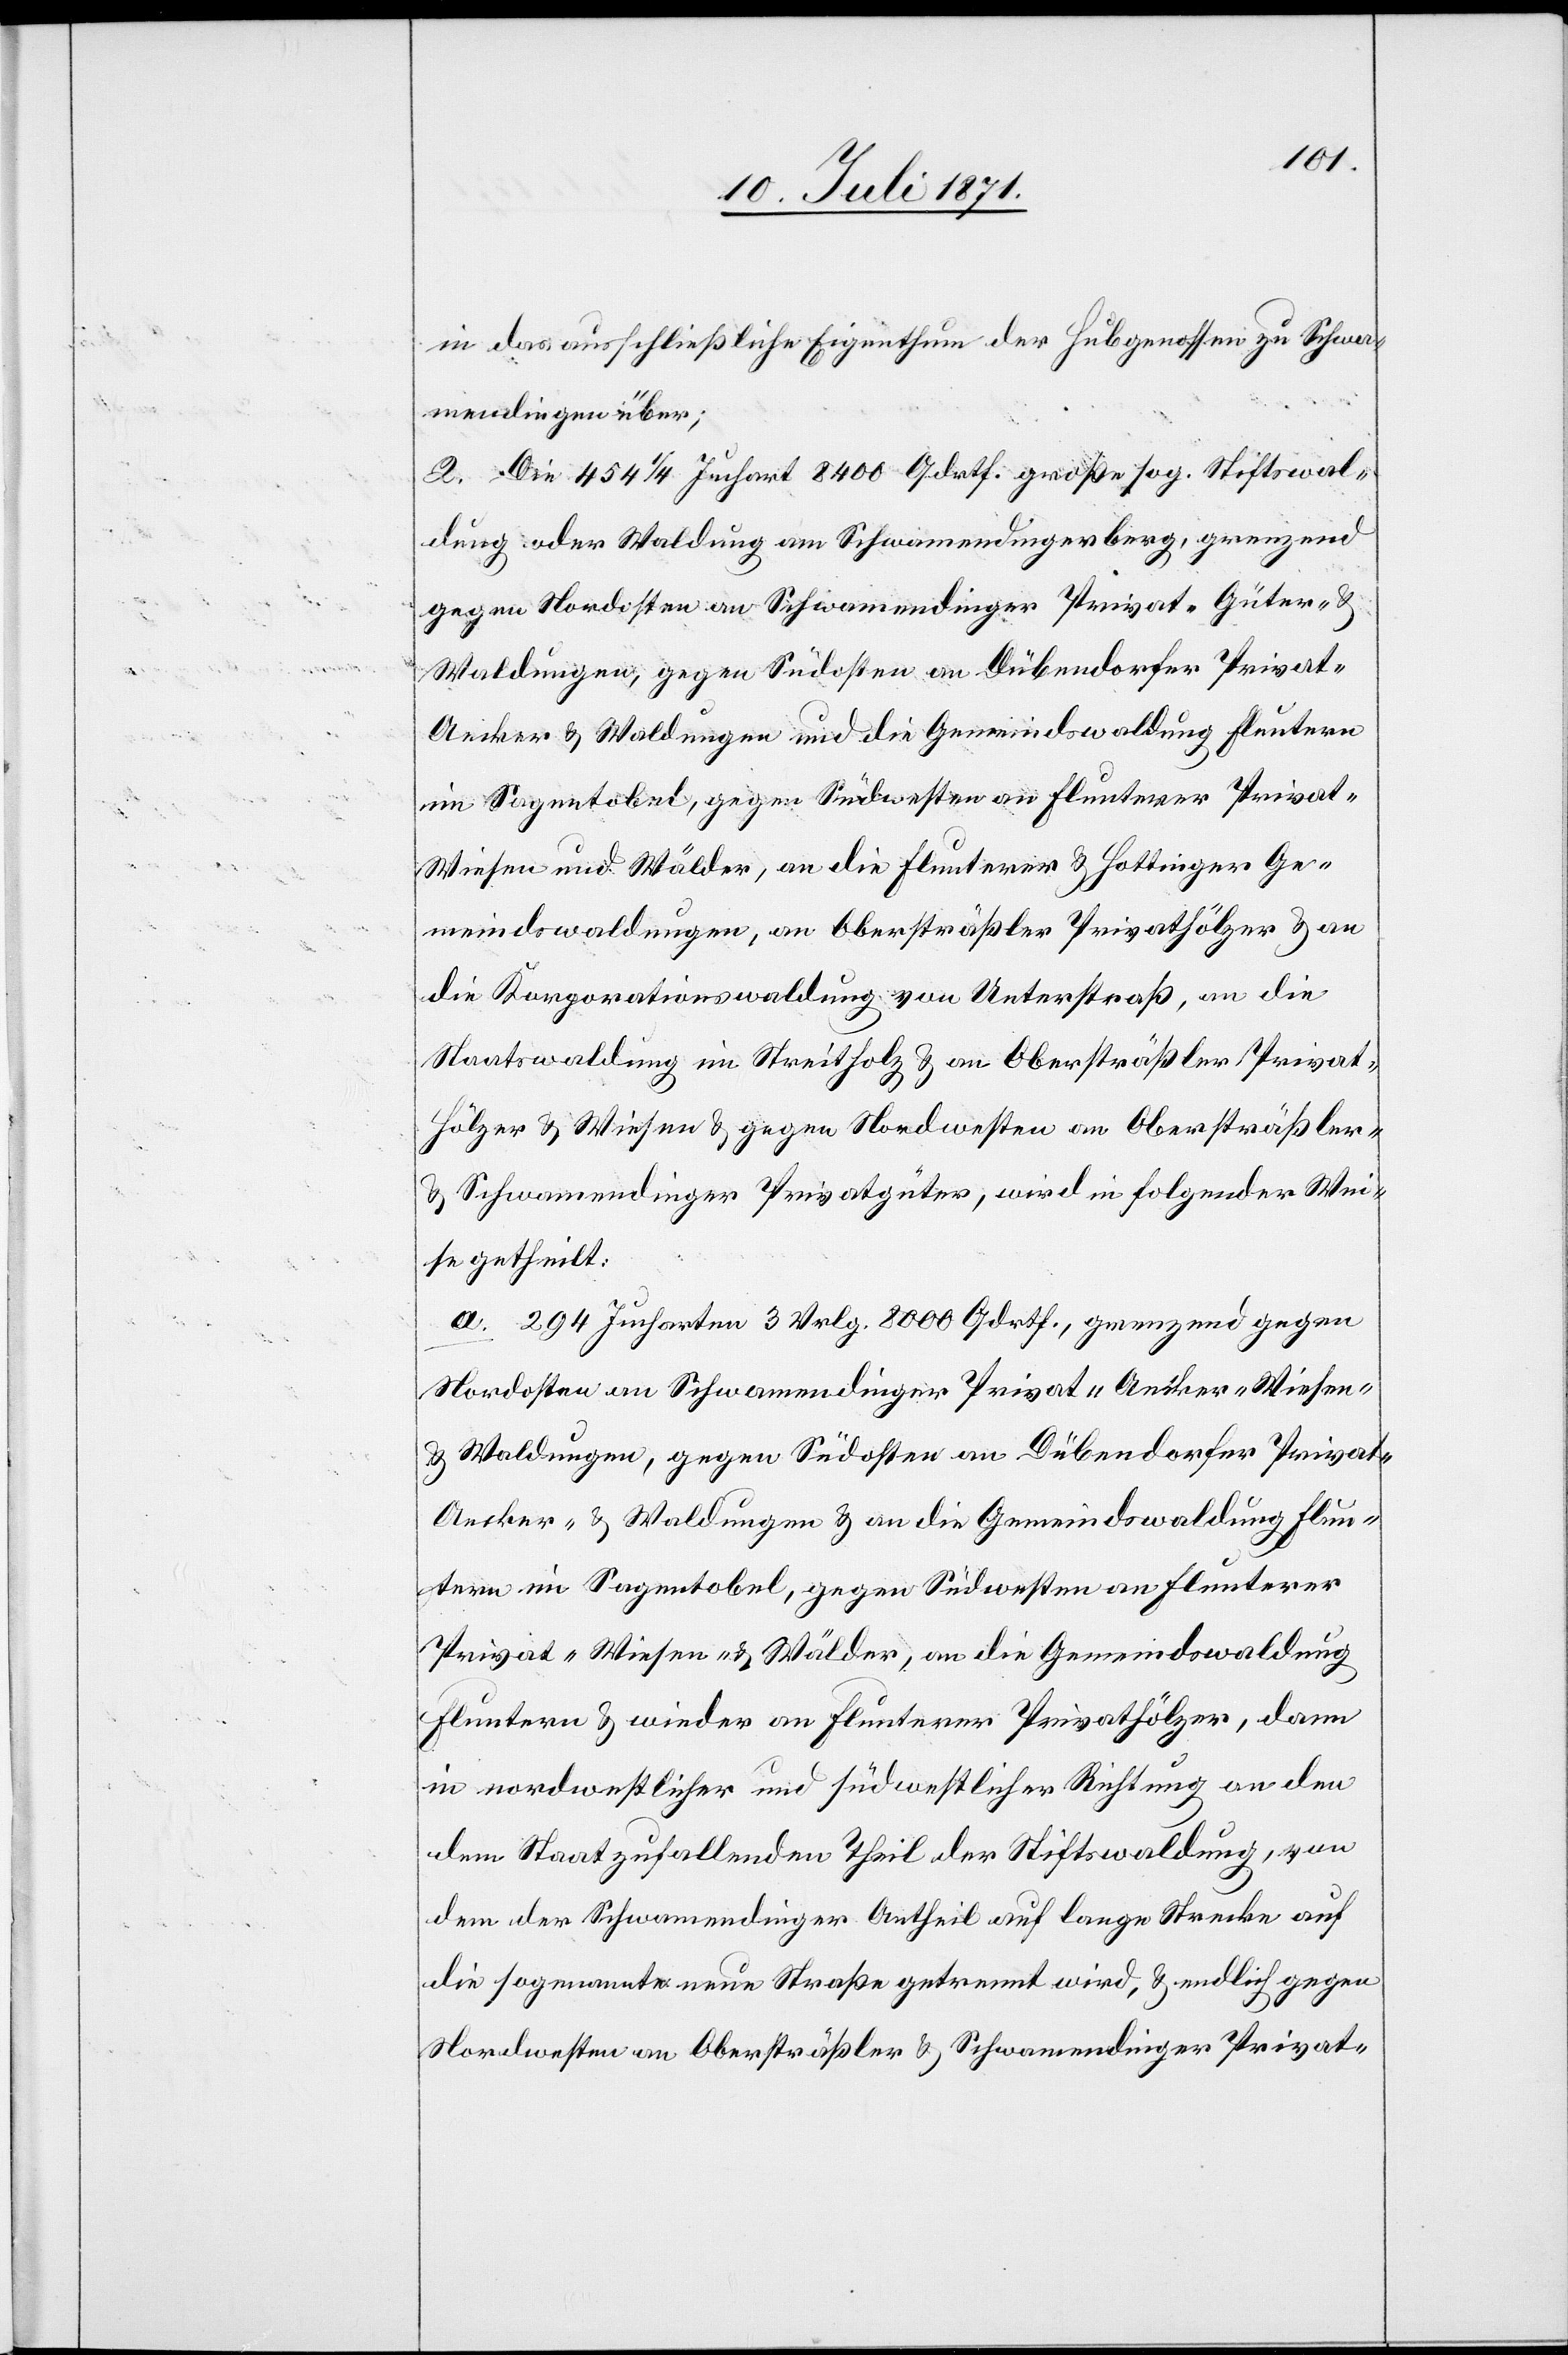
in das ausschließliche Eigenthum der Hubgenossen zu Schwa¬
mendingen über;
2. Die 454 1/4 Juchart 8400 Qdrthf. große sog. Stiftswal¬
dung oder Waldung am Schwamendingerberg, grenzend
gegen Nordosten an Schwamendinger Privat- Güter- u.
Waldungen, gegen Südosten an Dübendorfer Privat-
Aecker u. Waldungen und die Gemeindswaldung Fluntern
im Sagentobel, gegen Südwesten an Flunterer Privat-
Wiesen und Wälder, an die Flunterer u. Hottinger Ge¬
meindswaldungen, an Obersträßler Privathölzer u. an
die Korporationswaldung von Unterstraß, an die
Staatswaldung im Streitholz u. an Obersträßler Privat¬
hölzer u. Wiesen u. gegen Nordwesten an Obersträßler-
u. Schwamendinger Privatgüter, wird in folgender Wei¬
se getheilt:
a. 294 Jucharten 3 Vrlg. 8000 Qdrthf., grenzend gegen
Nordosten an Schwamendinger Privat- Aecker- Wiesen-
u. Waldungen, gegen Südosten an Dübendorfer Privat-
Aecker- u. Waldungen u. an die Gemeindswaldung Flun¬
tern im Sagentobel, gegen Südwesten an Flunterer
Privat- Wiesen- u. Wälder, an die Gemeindswaldung
Fluntern u. wieder an Flunterer Privathölzer, dann
in nordwestlicher und südwestlicher Richtung an den
dem Staat zufallenden Theil der Stiftswaldung, von
dem der Schwamendinger Antheil auf lange Strecke auf
die sogenannte neue Straße getrennt wird, u. endlich gegen
Nordwesten an Obersträßler u. Schwamendinger Privat-